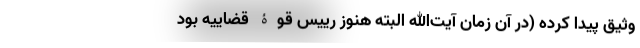
وثیق پیدا کرده (در آن زمان آیت‌الله البته هنوز رییس قوۀ قضاییه بود